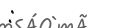
: